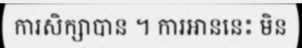
ការសិក្សាបាន ។ ការអាននេះ មិន